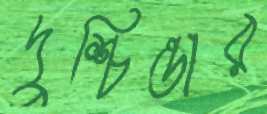
দুশ্চিন্তার